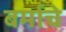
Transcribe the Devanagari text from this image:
बर्माचे